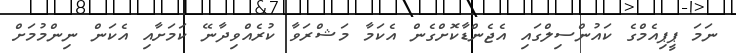
ނަމަ ޕީޕިއެމްގެ ކައުންސިލްގައި އެޖެންޑާކޮށްގެން އެކަމާ މަޝްރަވާ ކުރެއްވިދާނޭ ކަމަށާއި އެކަން ނިންމުމަށް